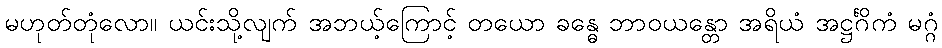
မဟုတ်တုံလော။ ယင်းသို့လျက် အဘယ့်ကြောင့် တယော ခန္ဓေ ဘာဝယန္တော အရိယံ အဋ္ဌင်္ဂိကံ မဂ္ဂံ